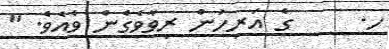
ހ.     ގެ އަރިހުން ރިވާވެގެން ވެއެވެ. "